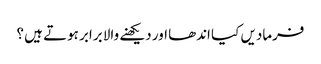
فرمادیں کیا اندھا اور دیکھنے والا برابر ہوتے ہیں ؟